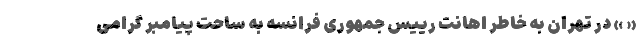
« » در تهران به خاطر اهانت رییس جمهوری فرانسه به ساحت پیامبر گرامی